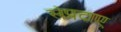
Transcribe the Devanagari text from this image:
संप्रदाए